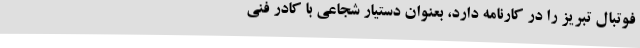
فوتبال تبریز را در کارنامه دارد، بعنوان دستیار شجاعی با کادر فنی